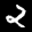
Label: 2